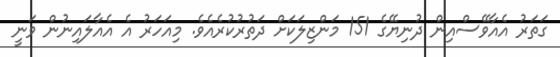
ގަތަރު އެއާވޭސްއިން ދުނިޔޭގެ 151 މަންޒިލަކަށް ދަތުރުކުރެއެވެ. މިއަހަރު އެ އެއާލައިނުން ވަނީ